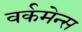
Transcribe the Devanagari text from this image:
वर्कमेन्स